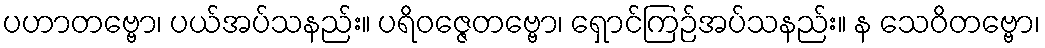
ပဟာတဗ္ဗော၊ ပယ်အပ်သနည်း။ ပရိဝဇ္ဇေတဗ္ဗော၊ ရှောင်ကြဉ်အပ်သနည်း။ န သေဝိတဗ္ဗော၊